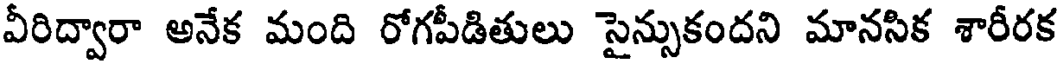
వీరిద్వారా అనేక మంది రోగపీడితులు సైన్సుకందని మానసిక శారీరక